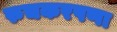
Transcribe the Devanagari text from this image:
रुचकरपणा